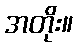
အတိုး။